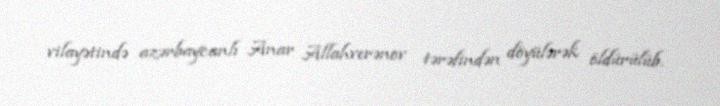
vilayətində azərbaycanlı Anar Allahverənov tərəfindən döyülərək öldürülüb.